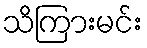
သိကြားမင်း